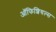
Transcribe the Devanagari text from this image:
ऑफिशियल्स